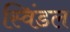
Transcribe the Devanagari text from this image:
स्विंडल